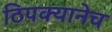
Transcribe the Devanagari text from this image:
ठिपक्यानेच